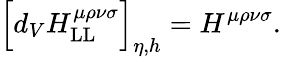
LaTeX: \Big[d_{V}H_{\mathrm{LL}}^{\mu\rho\nu\sigma}\Big]_{\eta,h}=H^{\mu\rho\nu\sigma}.